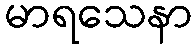
မာရသေနာ